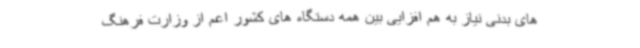
های بدنی نیاز به هم افزایی بین همه دستگاه های کشور اعم از وزارت فرهنگ